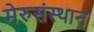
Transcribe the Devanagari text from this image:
मेरुसंस्थान